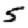
Digit: 5